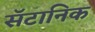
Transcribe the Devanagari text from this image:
सॅटानिक